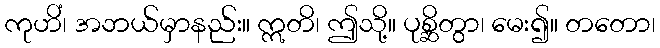
ကုဟိံ၊ အဘယ်မှာနည်း။ ဣတိ၊ ဤသို့။ ပုစ္ဆိတွာ၊ မေး၍။ တတော၊